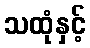
သထုံနှင့်